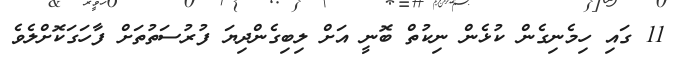
11 ގައި ހިމެނިގެން ކުޅެން ނިކުތް ބޮނީ އަށް ލިބިގެންދިޔަ ފުރުސަތުތަށް ފާހަގަކޮށްލެވެ